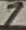
Text: 7